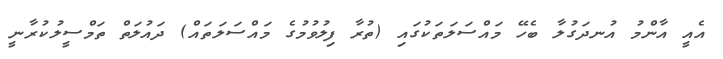
އެއީ އާންމު އުނދަގުލާ ބެހޭ މައްސަލަތަކުގައި (ތުރާ ފިލުވުމުގެ މައްސަލަތައް) ދައުލަތް ތަމްސީލުކުރާނީ